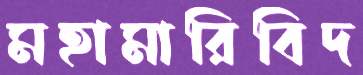
মহামারিবিদ